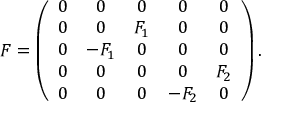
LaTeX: { \cal F } = \left( \begin{array} { c c c c c } { { 0 } } & { { 0 } } & { { 0 } } & { { 0 } } & { { 0 } } \\ { { 0 } } & { { 0 } } & { { F _ { 1 } } } & { { 0 } } & { { 0 } } \\ { { 0 } } & { { - F _ { 1 } } } & { { 0 } } & { { 0 } } & { { 0 } } \\ { { 0 } } & { { 0 } } & { { 0 } } & { { 0 } } & { { F _ { 2 } } } \\ { { 0 } } & { { 0 } } & { { 0 } } & { { - F _ { 2 } } } & { { 0 } } \end{array} \right) .